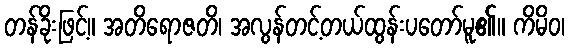
တန်ခိုးဖြင့်။ အတိရောဇတိ၊ အလွန်တင့်တယ်ထွန်းပတော်မူ၏။ ကိမိဝ၊